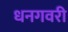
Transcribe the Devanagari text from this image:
धनगवरी